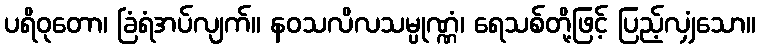
ပရိဝုတော၊ ခြံရံအပ်လျက်။ နဝသလိလသမ္ပုဏ္ဏံ၊ ရေသစ်တို့ဖြင့် ပြည့်လျှံသော။